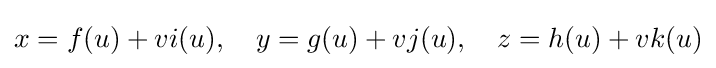
x=f(u)+vi(u),\quad y=g(u)+vj(u),\quad z=h(u)+vk(u)